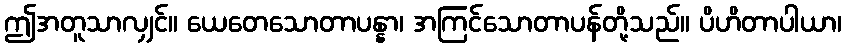
ဤအတူသာလျှင်။ ယေတေသောတာပန္နာ၊ အကြင်သောတာပန်တို့သည်။ ပိဟိတာပါယာ၊